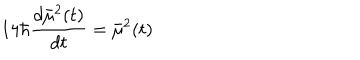
1 4 \hbar \frac { d \bar { \mu } ^ { 2 } ( t ) } { d t } = \bar { \mu } ^ { 2 } ( t )